Riigikantselei, lk 24
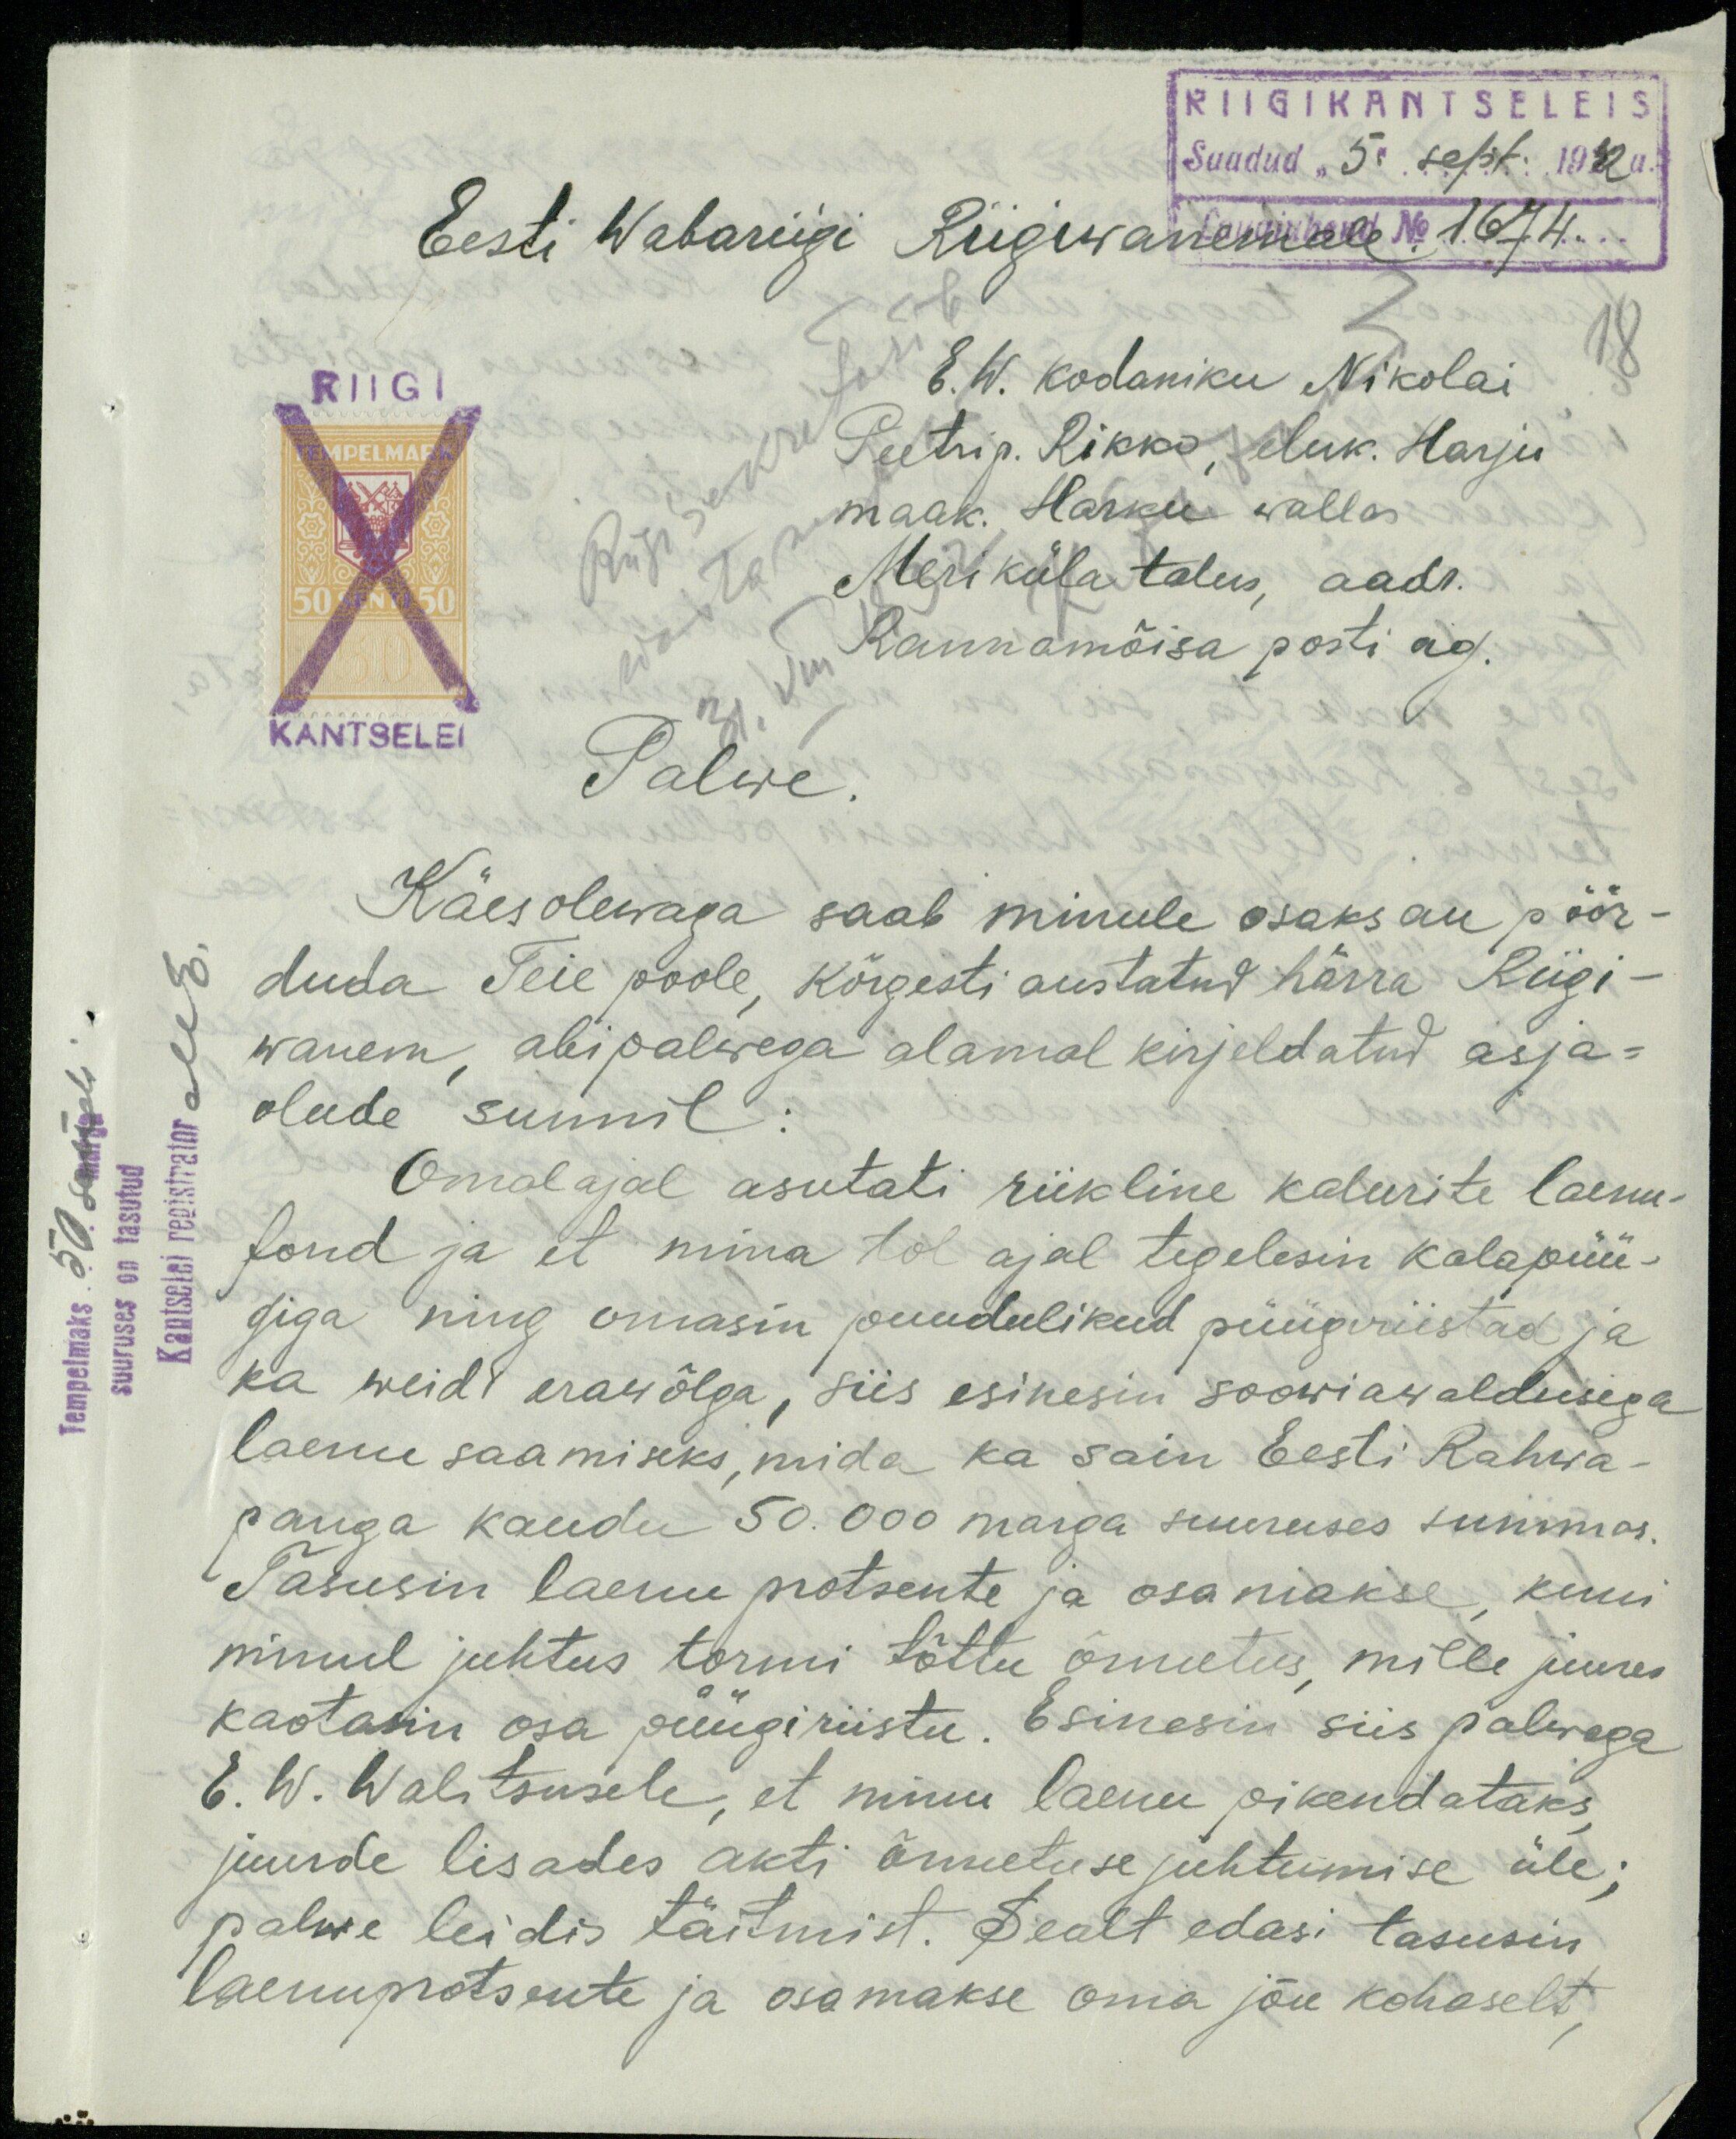
RIIGIKANTSELEIS
Saadud "5" sept: 1932a.
Eesti Wabariigi Riigiwanemale No 1674
RIIGI
18
E.W. kodaniku Nikolai
Peetri p. Rikko, eluk. Harju
Riigisekretärile
maak. Harku wallas
Meriküla talus, aadr.
Rannamõisa posti ag.
KANTSELEI
Palwe
Käesolewaga saab minule osaks au pöör-
duda Teie poole, kõrgesti austatud härra Riigi-
wanem abipalwega alamal kirjeldatud asja-
Kantselei registrator ME.
Tempelmaks 50 sendi
olude sunnil.
Omal ajal asutati riikline kalurite laenu-
suuruses on tasutud
fond ja et mina tol ajal tegelesin kalapüü-
giga ning omasin puudulikud püügriistad ja
ka weidi erawõlga, siis esinesin soowiawaldusega
laenu saamiseks, mida ka sain Eesti Rahwa-
panga kaudu 50.000 marga suuruses summas.
Tasusin laenu protsente ja osa makse, kuni
minul juhtus tormi tõttu õnnetus, mille juures
kaotasin osa püngiriistu. Esinesin siis pahvaga
E. W. Walitsusele, et minu laenu pikendataks
juurde lisades akti õnnetuse juhtumise üle;
palwe leidis täitmist. Sealt edasi tasusin,
laenuprotsente ja osamakse oma jõu kohaselt,